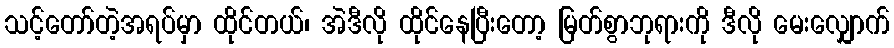
သင့်တော်တဲ့အရပ်မှာ ထိုင်တယ်၊ အဲဒီလို ထိုင်နေပြီးတော့ မြတ်စွာဘုရားကို ဒီလို မေးလျှောက်